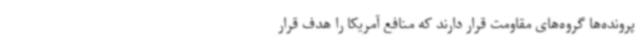
پرونده‌ها گروه‌های مقاومت قرار دارند که منافع آمریکا را هدف قرار